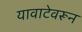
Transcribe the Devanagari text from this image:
यावाटेवरून